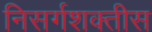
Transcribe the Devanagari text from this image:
निसर्गशक्तीस